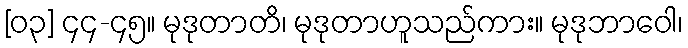
[၀၃] ၄၄-၄၅။ မုဒုတာတိ၊ မုဒုတာဟူသည်ကား။ မုဒုဘာဝေါ၊